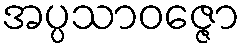
အပ္ပသာဝဇ္ဇော